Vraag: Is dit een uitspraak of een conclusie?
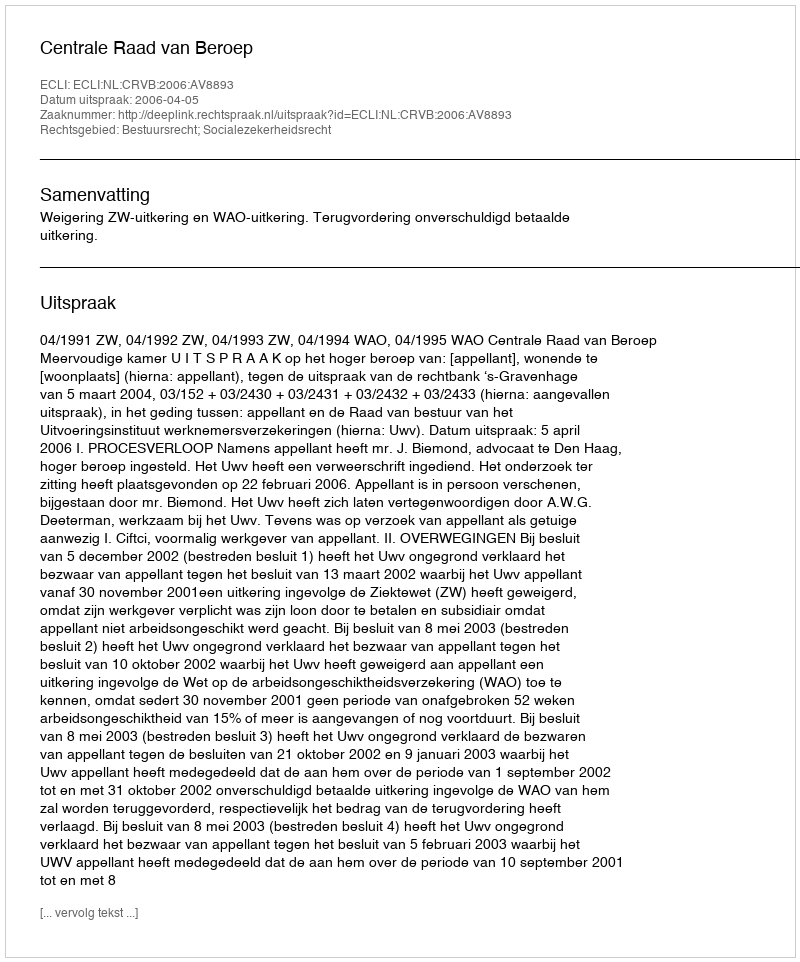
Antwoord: Uitspraak